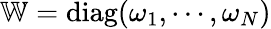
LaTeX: \mathbb{W}=\textrm{diag}(\omega_{1},\cdots,\omega_{N})